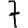
Digit: 7